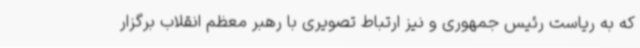
که به ریاست رئیس جمهوری و نیز ارتباط تصویری با رهبر معظم انقلاب برگزار